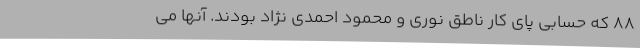
88 که حسابی پای کار ناطق نوری و محمود احمدی نژاد بودند. آنها می‌‌